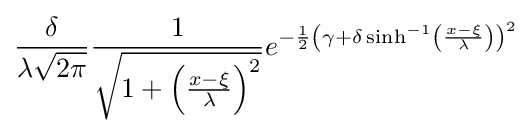
{\frac {\delta }{\lambda {\sqrt {2\pi }}}}{\frac {1}{\sqrt {1+\left({\frac {x-\xi }{\lambda }}\right)^{2}}}}e^{-{\frac {1}{2}}\left(\gamma +\delta \sinh ^{-1}\left({\frac {x-\xi }{\lambda }}\right)\right)^{2}}